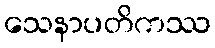
သေနာပတိကဿ